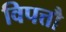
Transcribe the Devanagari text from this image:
विपत्तौ